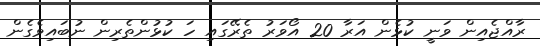
ރާއްޖެއިން ވަނީ ކުޅެން އަރާ 20 އޯވަރު ތެރޭގައި ހަ ކުޅުންތެރިން ނުބައިވެގެން